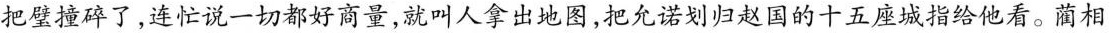
把璧撞碎了，连忙说一切都好商量，就叫人拿出地图，把允诺划归赵国的十五座城指给他看。蔺相